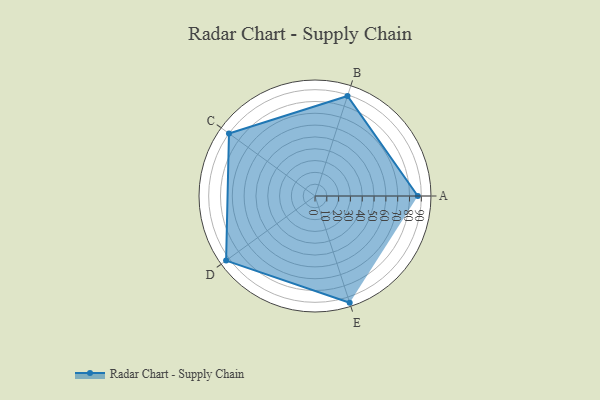
{"axis": {"x": "Skill", "y": "Score"}, "legend": ["Profile"], "data": [{"x": "A", "y": 87.0, "type": "Profile"}, {"x": "B", "y": 89.0, "type": "Profile"}, {"x": "C", "y": 90.0, "type": "Profile"}, {"x": "D", "y": 93.0, "type": "Profile"}, {"x": "E", "y": 95.0, "type": "Profile"}]}